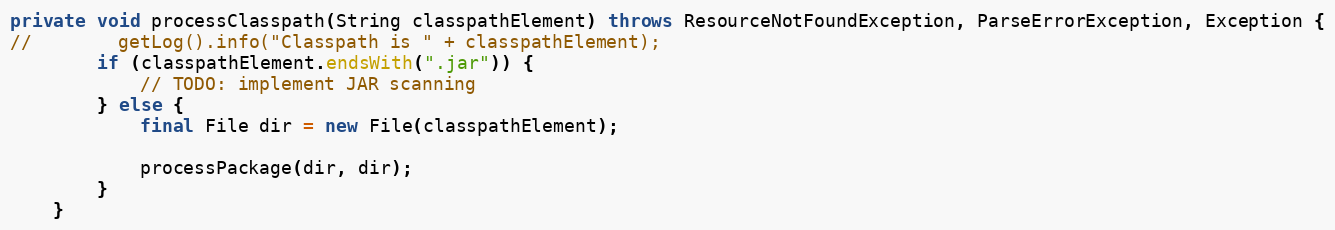
Language: Java
private void processClasspath(String classpathElement) throws ResourceNotFoundException, ParseErrorException, Exception {
//        getLog().info("Classpath is " + classpathElement);
        if (classpathElement.endsWith(".jar")) {
            // TODO: implement JAR scanning
        } else {
            final File dir = new File(classpathElement);

            processPackage(dir, dir);
        }
    }